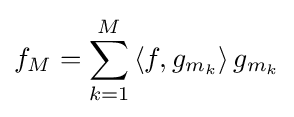
f_{M}=\sum _{k=1}^{M}\left\langle f,g_{m_{k}}\right\rangle g_{m_{k}}